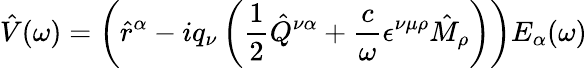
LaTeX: \hat{V}(\omega)=\left(\hat{r}^{\alpha}-iq_{\nu}\left(\frac{1}{2}\hat{Q}^{\nu\alpha}+\frac{c}{\omega}\epsilon^{\nu\mu\rho}\hat{M}_{\rho}\right)\right)E_{\alpha}(\omega)